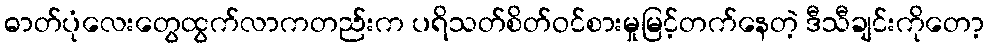
ဓာတ်ပုံလေးတွေထွက်လာကတည်းက ပရိသတ်စိတ်ဝင်စားမှုမြင့်တက်နေတဲ့ ဒီသီချင်းကိုတော့